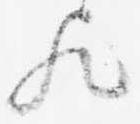
歟